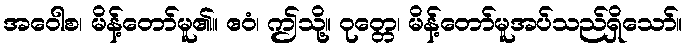
အဝေါစ၊ မိန့်တော်မူ၏။ ဧဝံ၊ ဤသို့။ ဝုတ္တေ၊ မိန့်တော်မူအပ်သည်ရှိသော်။